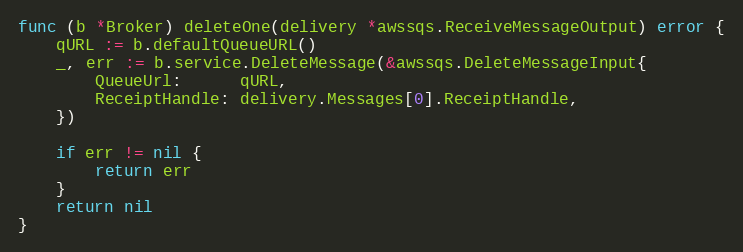
Language: Go
func (b *Broker) deleteOne(delivery *awssqs.ReceiveMessageOutput) error {
	qURL := b.defaultQueueURL()
	_, err := b.service.DeleteMessage(&awssqs.DeleteMessageInput{
		QueueUrl:      qURL,
		ReceiptHandle: delivery.Messages[0].ReceiptHandle,
	})

	if err != nil {
		return err
	}
	return nil
}